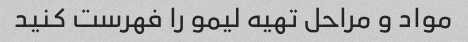
مواد و مراحل تهیه لیمو را فهرست کنید